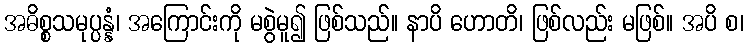
အဓိစ္စသမုပ္ပန္နံ၊ အကြောင်းကို မစွဲမူ၍ ဖြစ်သည်။ နာပိ ဟောတိ၊ ဖြစ်လည်း မဖြစ်။ အပိ စ၊